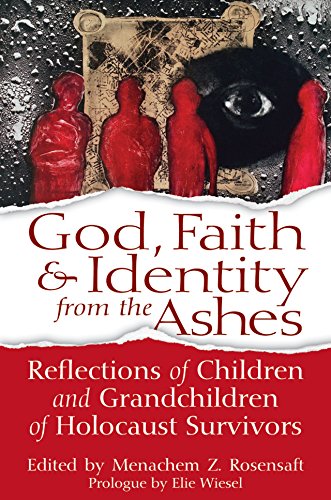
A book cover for God, Faith & Identity from the Ashes: Reflections of Children and Grandchildren of Holocaust Survivors; Religion & Spirituality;